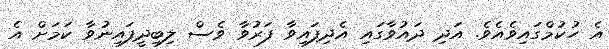
އެ ހުކުމްގައިވެއެވެ. އަދި ދައުވާގައި އެދިފައިވާ ފަރުވާ ވެސް ލިބިދީފައިނުވާ ކަމަށް އެ